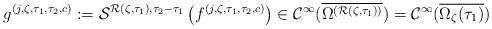
LaTeX: \begin{align*}g^{(j,{\zeta},{\tau_1},{\tau_2},c)}:=\mathcal{S}^{{\mathcal{R}({\zeta},{\tau_1})},{{\tau_2}-{\tau_1}}}\left(f^{(j,{\zeta},{\tau_1},{\tau_2},c)}\right)\in\mathcal{C}^{\infty}(\overline{\Omega^{({\mathcal{R}({\zeta},{\tau_1})})}})=\mathcal{C}^{\infty}(\overline{{\Omega}_{\zeta}({\tau_1})})\end{align*}